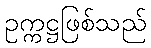
ဥက္ကဋ္ဌဖြစ်သည်